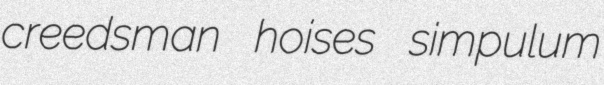
creedsman hoises simpulum